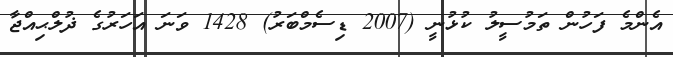
އެންމެ ފަހުން ތަމުސީލު ކުޅުނީ (2007 ޑިސެމްބަރު) 1428 ވަނަ އަހަރުގެ ޛުލްޙިއްޖާ